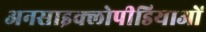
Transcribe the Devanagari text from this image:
अनसाइक्लोपीडियाओं